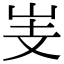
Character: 㞿